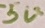
Text: 5V